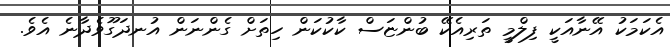
އެކަމަކު އޭނާއަކީ ފިލްމީ ތަރިއެކޭ ބުންޏަސް ކާކުކަން ހިތަށް ގެންނަން އުނދަގޫވެދާނެ އެވެ.